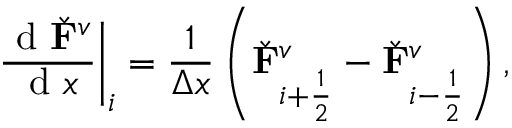
\left. \frac { \mathrm { ~ d ~ } \check { \mathbf { F } } ^ { v } } { \mathrm { ~ d ~ } x } \right| _ { i } = \frac { 1 } { \Delta x } \left( \check { \mathbf { F } } _ { i + \frac { 1 } { 2 } } ^ { v } - \check { \mathbf { F } } _ { i - \frac { 1 } { 2 } } ^ { v } \right) ,